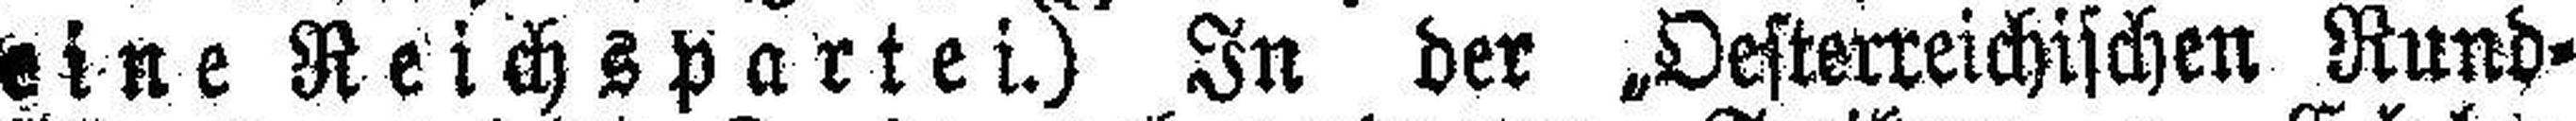
eine Reichspartei.) In der „Oesterreichischen Rund¬